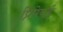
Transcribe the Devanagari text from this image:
प्रिपेयर्ड